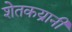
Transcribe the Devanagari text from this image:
शेतकय्रानी